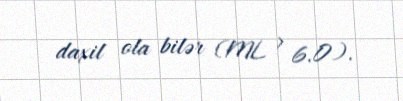
daxil ola bilər (ML > 6.0).